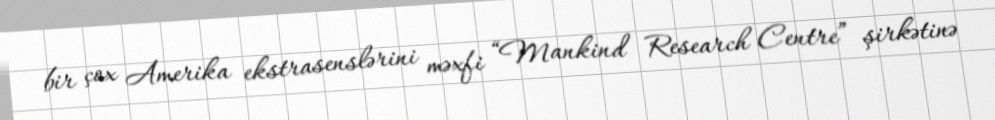
bir çox Amerika ekstrasenslərini məxfi “Mankind Research Centre” şirkətinə